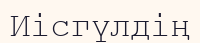
Иісгүлдің